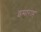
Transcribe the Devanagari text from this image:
इमाराह